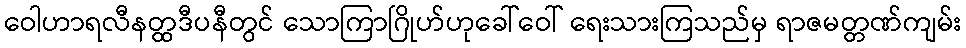
ဝေါဟာရလီနတ္ထဒီပနီတွင် သောကြာဂြိုဟ်ဟုခေါ်ဝေါ် ရေးသားကြသည်မှ ရာဇမတ္တဏ်ကျမ်း